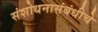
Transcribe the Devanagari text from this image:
संशोधनासंबंधीचे